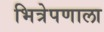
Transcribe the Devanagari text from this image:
भित्रेपणाला